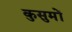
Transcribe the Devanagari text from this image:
कुसुमों